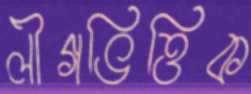
লীগভিত্তিক